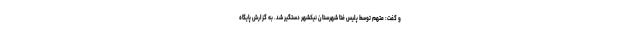
و گفت: متهم توسط پلیس فتا شهرستان نیکشهر دستگیر شد. به گزارش پایگاه